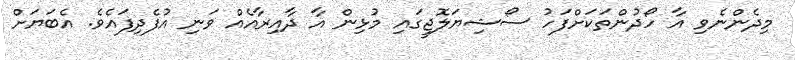
މިދެންނެވި އާ ހޯދުންތަކަށްފަހު ސޯޝިޔަލޮޖީގައި މުޅިން އާ ދާއިރާއެއް ވަނި އުފެދިފައެވެ. އެބަޔަށް